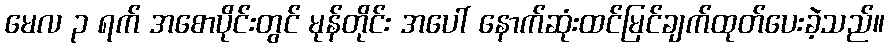
မေလ ၃ ရက် အစောပိုင်းတွင် မုန်တိုင်း အပေါ် နောက်ဆုံးထင်မြင်ချက်ထုတ်ပေးခဲ့သည်။